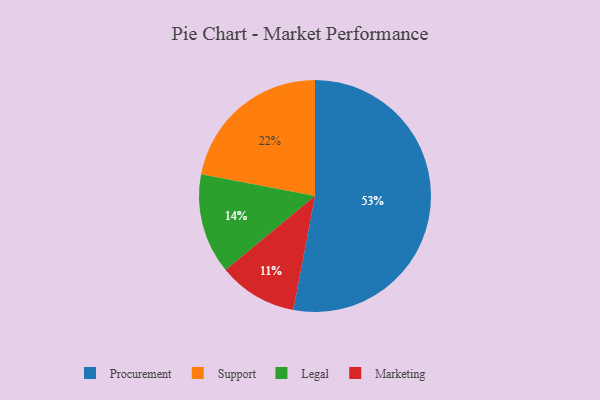
{"axis": {"x": "Category", "y": "Percentage"}, "legend": ["Legal", "Marketing", "Procurement", "Support"], "data": [{"x": "Support", "y": 22, "type": "Support"}, {"x": "Marketing", "y": 11, "type": "Marketing"}, {"x": "Procurement", "y": 53, "type": "Procurement"}, {"x": "Legal", "y": 14, "type": "Legal"}]}